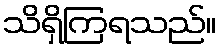
သိရှိကြရသည်။